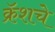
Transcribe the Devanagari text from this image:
क्रॅशचे